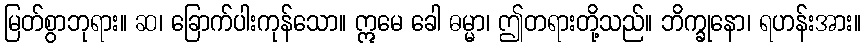
မြတ်စွာဘုရား။ ဆ၊ ခြောက်ပါးကုန်သော။ ဣမေ ခေါ ဓမ္မာ၊ ဤတရားတို့သည်။ ဘိက္ခုနော၊ ရဟန်းအား။